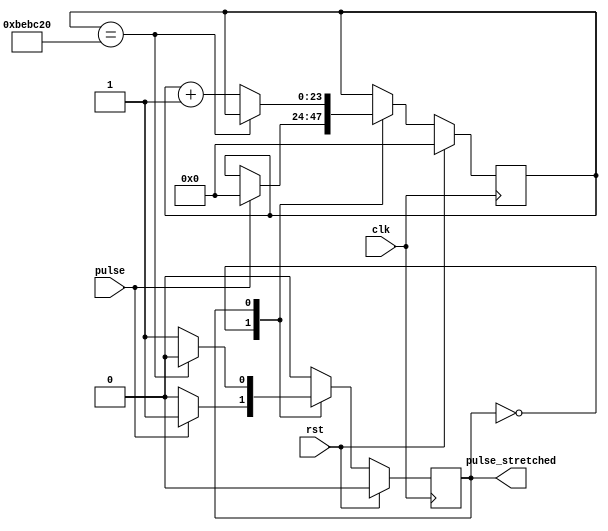
//
// Copyright 2017 Ettus Research, a National Instruments Company
//
// SPDX-License-Identifier: LGPL-3.0-or-later
//

module pulse_stretch #(
  parameter SCALE = 64'd12_500_000
)(
  input clk,
  input rst,
  input pulse,
  output pulse_stretched
);

  reg [$clog2(SCALE)-1:0] count = 'd0;
  reg             state = 1'b0;

  always @ (posedge clk)
    if (rst) begin
      state <= 1'b0;
      count <= 'd0;
    end
    else begin
      case (state)

      1'b0: begin
        if (pulse) begin
          state <= 1'b1;
          count <= 'd0;
        end
      end

      1'b1: begin
        if (count == SCALE)
          state <= 1'b0;
        else
          count <= count + 1'b1;
      end
      endcase
    end

  assign pulse_stretched = (state == 1'b1);

endmodule